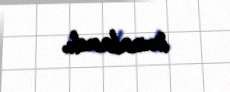
imzalandı.